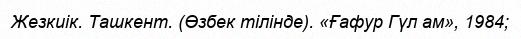
Жезкиік. Ташкент. (Өзбек тілінде). «Ғафур Гүл ам», 1984;